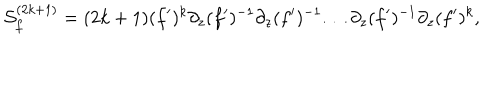
{ \cal S } _ { f } ^ { ( 2 k + 1 ) } = ( 2 k + 1 ) ( f ^ { \prime } ) ^ { k } \partial _ { z } ( f ^ { \prime } ) ^ { - 1 } \partial _ { z } ( f ^ { \prime } ) ^ { - 1 } \ldots \partial _ { z } ( f ^ { \prime } ) ^ { - 1 } \partial _ { z } ( f ^ { \prime } ) ^ { k } ,